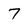
Character: 7